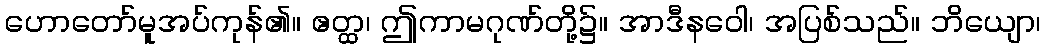
ဟောတော်မူအပ်ကုန်၏။ ဧတ္ထ၊ ဤကာမဂုဏ်တို့၌။ အာဒီနဝေါ၊ အပြစ်သည်။ ဘိယျော၊